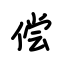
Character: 偿